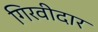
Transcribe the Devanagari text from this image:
गिरवीदार